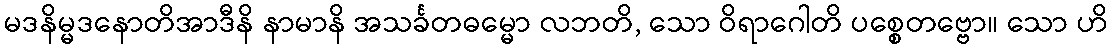
မဒနိမ္မဒနောတိအာဒီနိ နာမာနိ အသင်္ခတဓမ္မော လဘတိ, သော ဝိရာဂေါတိ ပစ္စေတဗ္ဗော။ သော ဟိ